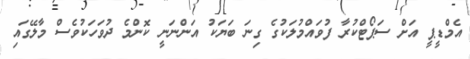
އެމްޑީޕީ އަށް ސަޕޯޓްކުރާ ފުވައްމުލަކުގެ ގިނަ ބަޔަކު އަންނަނީ ކޮންމެ ދުވަހަކުވެސް މާލޭގައި